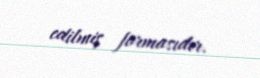
edilmiş formasıdır.